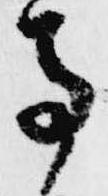
寺